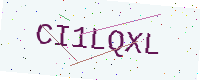
Text: CI1LQXL